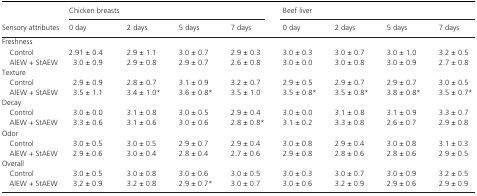
<table><thead><tr><td rowspan="2"><b>Sensory attributes</b></td><td colspan="4"><b>Chicken breasts</b></td><td colspan="4"><b>Beef liver</b></td></tr><tr><td><b>0 day</b></td><td><b>2 days</b></td><td><b>5 days</b></td><td><b>7 days</b></td><td><b>0 day</b></td><td><b>2 days</b></td><td><b>5 days</b></td><td><b>7 days</b></td></tr></thead><tbody><tr><td colspan="9">Freshness</td></tr><tr><td>Control</td><td>2.91 ± 0.4</td><td>2.9 ± 1.1</td><td>3.0 ± 0.7</td><td>2.9 ± 0.3</td><td>3.0 ± 0.3</td><td>3.0 ± 0.7</td><td>3.0 ± 1.0</td><td>3.2 ± 0.5</td></tr><tr><td>AlEW + StAEW</td><td>3.0 ± 0.9</td><td>2.9 ± 0.8</td><td>2.9 ± 0.7</td><td>2.6 ± 0.8</td><td>3.0 ± 0.0</td><td>3.0 ± 0.8</td><td>3.0 ± 0.9</td><td>2.7 ± 0.8</td></tr><tr><td colspan="9">Texture</td></tr><tr><td>Control</td><td>2.9 ± 0.9</td><td>2.8 ± 0.7</td><td>3.1 ± 0.9</td><td>3.2 ± 0.7</td><td>2.9 ± 0.5</td><td>2.9 ± 0.7</td><td>2.9 ± 0.7</td><td>3.0 ± 0.5</td></tr><tr><td>AlEW + StAEW</td><td>3.5 ± 1.1</td><td>3.4 ± 1.0*</td><td>3.6 ± 0.8*</td><td>3.5 ± 1.0</td><td>3.5 ± 0.8*</td><td>3.5 ± 0.8*</td><td>3.8 ± 0.8*</td><td>3.5 ± 0.7*</td></tr><tr><td colspan="9">Decay</td></tr><tr><td>Control</td><td>3.0 ± 0.0</td><td>3.1 ± 0.8</td><td>3.0 ± 0.5</td><td>2.9 ± 0.4</td><td>3.0 ± 0.0</td><td>3.1 ± 0.8</td><td>3.1 ± 0.9</td><td>3.3 ± 0.7</td></tr><tr><td>AlEW + StAEW</td><td>3.3 ± 0.6</td><td>3.1 ± 0.6</td><td>3.0 ± 0.6</td><td>2.8 ± 0.8*</td><td>3.1 ± 0.2</td><td>3.3 ± 0.8</td><td>2.6 ± 0.7</td><td>2.9 ± 0.8</td></tr><tr><td colspan="9">Odor</td></tr><tr><td>Control</td><td>3.0 ± 0.5</td><td>3.0 ± 0.5</td><td>2.9 ± 0.7</td><td>2.9 ± 0.4</td><td>3.0 ± 0.8</td><td>2.9 ± 0.4</td><td>3.0 ± 0.8</td><td>3.1 ± 0.3</td></tr><tr><td>AlEW + StAEW</td><td>2.9 ± 0.6</td><td>3.0 ± 0.4</td><td>2.8 ± 0.4</td><td>2.7 ± 0.6</td><td>2.9 ± 0.8</td><td>2.8 ± 0.6</td><td>2.8 ± 0.6</td><td>2.9 ± 0.5</td></tr><tr><td colspan="9">Overall</td></tr><tr><td>Control</td><td>3.0 ± 0.5</td><td>3.0 ± 0.8</td><td>3.0 ± 0.6</td><td>3.0 ± 0.5</td><td>3.0 ± 0.3</td><td>3.0 ± 0.7</td><td>3.0 ± 0.9</td><td>3.2 ± 0.5</td></tr><tr><td>AlEW + StAEW</td><td>3.2 ± 0.9</td><td>3.2 ± 0.8</td><td>2.9 ± 0.7*</td><td>3.0 ± 0.7</td><td>3.0 ± 0.6</td><td>3.2 ± 0.9</td><td>2.9 ± 0.6</td><td>2.9 ± 0.9</td></tr></tbody></table>